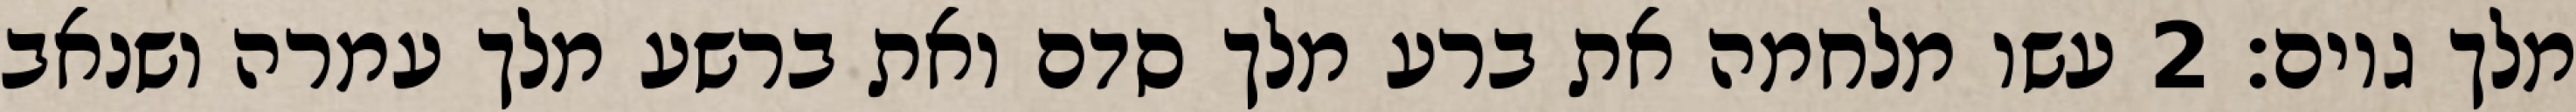
מלך גוים׃ ‎2‏ עשו מלחמה את ברע מלך סדם ואת ברשע מלך עמרה ושנאב